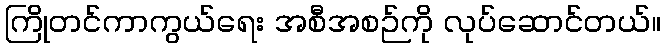
ကြိုတင်ကာကွယ်ရေး အစီအစဉ်ကို လုပ်ဆောင်တယ်။